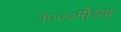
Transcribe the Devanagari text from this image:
१०००मीच्या